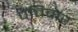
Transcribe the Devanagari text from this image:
पतिवार